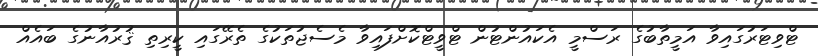
ޓްވިޓަރުގައިވާ އަމީތާބުގެ ރަސްމީ އެކައުންޓުން ޓްވީޓްކޮށްފައިވާ މެސެޖުތަކުގެ ތެރޭގައި ކީރިތި ޤުރުއާނުގެ ބައެއް